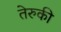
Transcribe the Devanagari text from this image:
तेरुकी